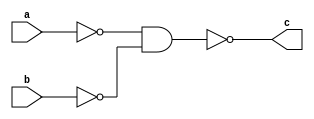
module OrGate(a,b,c) ;  // 3 

output c ;
input a,b ;
wire x,y ;

nand(x,a,a) ;
nand(y,b,b) ;
nand(c,x,y) ;

endmodule